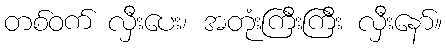
တစ်ဝက် လှီးပေး၊ အတုံးကြီးကြီး လှီးနော်။